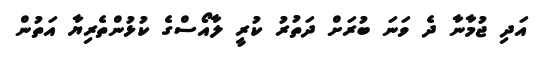
އަދި ޖުމާނާ ދެ ވަނަ ބުރަށް ދަތުރު ކުރީ ލާއޯސްގެ ކުޅުންތެރިޔާ އަތުން